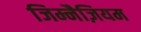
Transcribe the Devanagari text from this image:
जिम्नैज़ियम